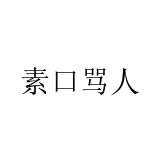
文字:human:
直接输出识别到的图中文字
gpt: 素口骂人